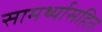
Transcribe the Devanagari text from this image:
सामर्थ्यासहित